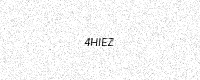
Text: 4HIEZ